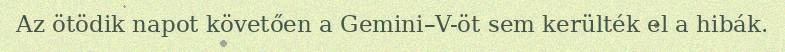
Az ötödik napot követően a Gemini–V-öt sem kerülték el a hibák.